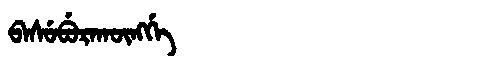
Manchu: ᠪᠠᠰᡠᠪᡠᡵᠠᡴᡡᠩᡤᡝ
Romanization: BASUBURAKŪNGGE